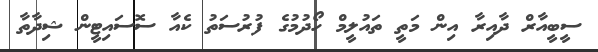
ސީބީއާރް ދާއިރާ އިން މަތީ ތައުލީމް ހޯދުމުގެ ފުރުސަތު ކެއާ ސޮސައިޓީން ޝިދާތާ